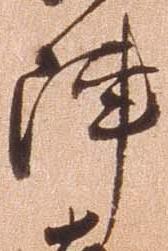
陣